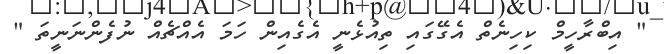
" އިބްރާހީމް ކިހިނެތް އެގޭގައި ތިއުޅެނީ އެގެއިން ހަމަ އެއްޗެއް ނުފެންނަނީތަ "